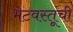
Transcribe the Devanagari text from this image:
भेटवस्तूंची